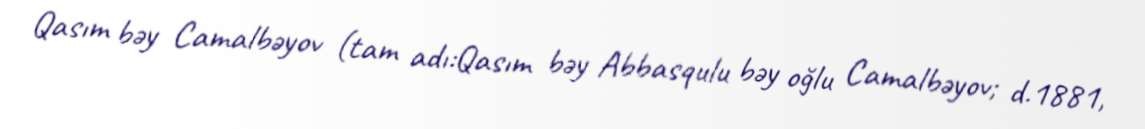
Qasım bəy Camalbəyov (tam adı:Qasım bəy Abbasqulu bəy oğlu Camalbəyov; d.1881,